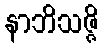
နာဘိသဇ္ဇိ